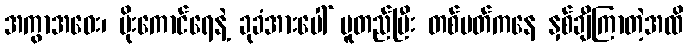
အကွာအဝေး၊ ပိုးကောင်ရေနဲ့ ခုခံအားပေါ် မူတည်ပြီး တစ်ပတ်ကနေ နှစ်ချီကြာတဲ့အထိ